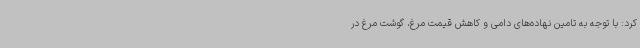
کرد: با توجه به تامین نهاده‌های دامی و کاهش قیمت مرغ، گوشت مرغ در